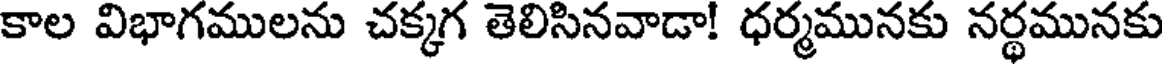
కాల విభాగములను చక్కగ తెలిసినవాడా! ధర్మమునకు నర్థమునకు